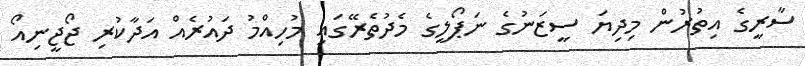
ސާރީގެ އިތުރުން މިދިޔަ ސީޒަނުގެ ނަޕޯލީގެ މެދުތެރޭގައި މުހިއްމު ދައުރެއް އަދާކުރި ޖޯޖީނިއޯ